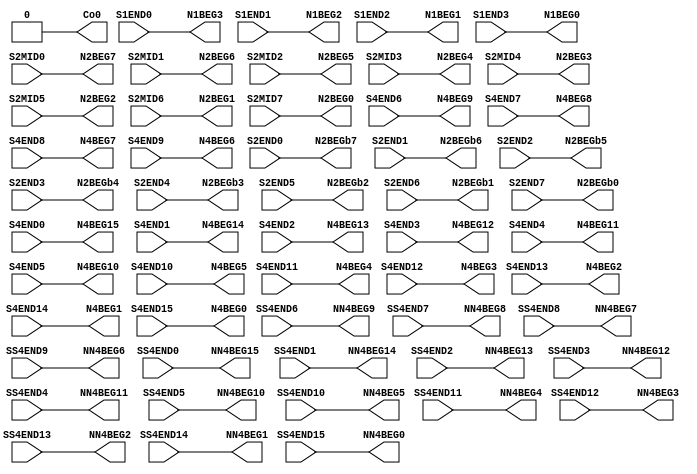
// SPDX-FileCopyrightText: 
// 2021 Nguyen Dao
//
// Licensed under the Apache License, Version 2.0 (the "License");
// you may not use this file except in compliance with the License.
// You may obtain a copy of the License at
//
//      http://www.apache.org/licenses/LICENSE-2.0
//
// Unless required by applicable law or agreed to in writing, software
// distributed under the License is distributed on an "AS IS" BASIS,
// WITHOUT WARRANTIES OR CONDITIONS OF ANY KIND, either express or implied.
// See the License for the specific language governing permissions and
// limitations under the License.
//
// SPDX-License-Identifier: Apache-2.0
//NumberOfConfigBits:0
module S_term_single_switch_matrix (S1END0, S1END1, S1END2, S1END3, S2MID0, S2MID1, S2MID2, S2MID3, S2MID4, S2MID5, S2MID6, S2MID7, S2END0, S2END1, S2END2, S2END3, S2END4, S2END5, S2END6, S2END7, S4END0, S4END1, S4END2, S4END3, S4END4, S4END5, S4END6, S4END7, S4END8, S4END9, S4END10, S4END11, S4END12, S4END13, S4END14, S4END15, SS4END0, SS4END1, SS4END2, SS4END3, SS4END4, SS4END5, SS4END6, SS4END7, SS4END8, SS4END9, SS4END10, SS4END11, SS4END12, SS4END13, SS4END14, SS4END15, N1BEG0, N1BEG1, N1BEG2, N1BEG3, N2BEG0, N2BEG1, N2BEG2, N2BEG3, N2BEG4, N2BEG5, N2BEG6, N2BEG7, N2BEGb0, N2BEGb1, N2BEGb2, N2BEGb3, N2BEGb4, N2BEGb5, N2BEGb6, N2BEGb7, N4BEG0, N4BEG1, N4BEG2, N4BEG3, N4BEG4, N4BEG5, N4BEG6, N4BEG7, N4BEG8, N4BEG9, N4BEG10, N4BEG11, N4BEG12, N4BEG13, N4BEG14, N4BEG15, NN4BEG0, NN4BEG1, NN4BEG2, NN4BEG3, NN4BEG4, NN4BEG5, NN4BEG6, NN4BEG7, NN4BEG8, NN4BEG9, NN4BEG10, NN4BEG11, NN4BEG12, NN4BEG13, NN4BEG14, NN4BEG15, Co0);
	parameter NoConfigBits = 0;
	 // switch matrix inputs
	input S1END0;
	input S1END1;
	input S1END2;
	input S1END3;
	input S2MID0;
	input S2MID1;
	input S2MID2;
	input S2MID3;
	input S2MID4;
	input S2MID5;
	input S2MID6;
	input S2MID7;
	input S2END0;
	input S2END1;
	input S2END2;
	input S2END3;
	input S2END4;
	input S2END5;
	input S2END6;
	input S2END7;
	input S4END0;
	input S4END1;
	input S4END2;
	input S4END3;
	input S4END4;
	input S4END5;
	input S4END6;
	input S4END7;
	input S4END8;
	input S4END9;
	input S4END10;
	input S4END11;
	input S4END12;
	input S4END13;
	input S4END14;
	input S4END15;
	input SS4END0;
	input SS4END1;
	input SS4END2;
	input SS4END3;
	input SS4END4;
	input SS4END5;
	input SS4END6;
	input SS4END7;
	input SS4END8;
	input SS4END9;
	input SS4END10;
	input SS4END11;
	input SS4END12;
	input SS4END13;
	input SS4END14;
	input SS4END15;
	output N1BEG0;
	output N1BEG1;
	output N1BEG2;
	output N1BEG3;
	output N2BEG0;
	output N2BEG1;
	output N2BEG2;
	output N2BEG3;
	output N2BEG4;
	output N2BEG5;
	output N2BEG6;
	output N2BEG7;
	output N2BEGb0;
	output N2BEGb1;
	output N2BEGb2;
	output N2BEGb3;
	output N2BEGb4;
	output N2BEGb5;
	output N2BEGb6;
	output N2BEGb7;
	output N4BEG0;
	output N4BEG1;
	output N4BEG2;
	output N4BEG3;
	output N4BEG4;
	output N4BEG5;
	output N4BEG6;
	output N4BEG7;
	output N4BEG8;
	output N4BEG9;
	output N4BEG10;
	output N4BEG11;
	output N4BEG12;
	output N4BEG13;
	output N4BEG14;
	output N4BEG15;
	output NN4BEG0;
	output NN4BEG1;
	output NN4BEG2;
	output NN4BEG3;
	output NN4BEG4;
	output NN4BEG5;
	output NN4BEG6;
	output NN4BEG7;
	output NN4BEG8;
	output NN4BEG9;
	output NN4BEG10;
	output NN4BEG11;
	output NN4BEG12;
	output NN4BEG13;
	output NN4BEG14;
	output NN4BEG15;
	output Co0;
	//global


	parameter GND0 = 1'b0;
	parameter GND = 1'b0;
	parameter VCC0 = 1'b1;
	parameter VCC = 1'b1;
	parameter VDD0 = 1'b1;
	parameter VDD = 1'b1;
	
	wire [1-1:0] N1BEG0_input;
	wire [1-1:0] N1BEG1_input;
	wire [1-1:0] N1BEG2_input;
	wire [1-1:0] N1BEG3_input;
	wire [1-1:0] N2BEG0_input;
	wire [1-1:0] N2BEG1_input;
	wire [1-1:0] N2BEG2_input;
	wire [1-1:0] N2BEG3_input;
	wire [1-1:0] N2BEG4_input;
	wire [1-1:0] N2BEG5_input;
	wire [1-1:0] N2BEG6_input;
	wire [1-1:0] N2BEG7_input;
	wire [1-1:0] N2BEGb0_input;
	wire [1-1:0] N2BEGb1_input;
	wire [1-1:0] N2BEGb2_input;
	wire [1-1:0] N2BEGb3_input;
	wire [1-1:0] N2BEGb4_input;
	wire [1-1:0] N2BEGb5_input;
	wire [1-1:0] N2BEGb6_input;
	wire [1-1:0] N2BEGb7_input;
	wire [1-1:0] N4BEG0_input;
	wire [1-1:0] N4BEG1_input;
	wire [1-1:0] N4BEG2_input;
	wire [1-1:0] N4BEG3_input;
	wire [1-1:0] N4BEG4_input;
	wire [1-1:0] N4BEG5_input;
	wire [1-1:0] N4BEG6_input;
	wire [1-1:0] N4BEG7_input;
	wire [1-1:0] N4BEG8_input;
	wire [1-1:0] N4BEG9_input;
	wire [1-1:0] N4BEG10_input;
	wire [1-1:0] N4BEG11_input;
	wire [1-1:0] N4BEG12_input;
	wire [1-1:0] N4BEG13_input;
	wire [1-1:0] N4BEG14_input;
	wire [1-1:0] N4BEG15_input;
	wire [1-1:0] NN4BEG0_input;
	wire [1-1:0] NN4BEG1_input;
	wire [1-1:0] NN4BEG2_input;
	wire [1-1:0] NN4BEG3_input;
	wire [1-1:0] NN4BEG4_input;
	wire [1-1:0] NN4BEG5_input;
	wire [1-1:0] NN4BEG6_input;
	wire [1-1:0] NN4BEG7_input;
	wire [1-1:0] NN4BEG8_input;
	wire [1-1:0] NN4BEG9_input;
	wire [1-1:0] NN4BEG10_input;
	wire [1-1:0] NN4BEG11_input;
	wire [1-1:0] NN4BEG12_input;
	wire [1-1:0] NN4BEG13_input;
	wire [1-1:0] NN4BEG14_input;
	wire [1-1:0] NN4BEG15_input;
	wire [1-1:0] Co0_input;


// The configuration bits (if any) are just a long shift register

// This shift register is padded to an even number of flops/latches
// switch matrix multiplexer  N1BEG0 		MUX-1
	assign N1BEG0 = S1END3;
// switch matrix multiplexer  N1BEG1 		MUX-1
	assign N1BEG1 = S1END2;
// switch matrix multiplexer  N1BEG2 		MUX-1
	assign N1BEG2 = S1END1;
// switch matrix multiplexer  N1BEG3 		MUX-1
	assign N1BEG3 = S1END0;
// switch matrix multiplexer  N2BEG0 		MUX-1
	assign N2BEG0 = S2MID7;
// switch matrix multiplexer  N2BEG1 		MUX-1
	assign N2BEG1 = S2MID6;
// switch matrix multiplexer  N2BEG2 		MUX-1
	assign N2BEG2 = S2MID5;
// switch matrix multiplexer  N2BEG3 		MUX-1
	assign N2BEG3 = S2MID4;
// switch matrix multiplexer  N2BEG4 		MUX-1
	assign N2BEG4 = S2MID3;
// switch matrix multiplexer  N2BEG5 		MUX-1
	assign N2BEG5 = S2MID2;
// switch matrix multiplexer  N2BEG6 		MUX-1
	assign N2BEG6 = S2MID1;
// switch matrix multiplexer  N2BEG7 		MUX-1
	assign N2BEG7 = S2MID0;
// switch matrix multiplexer  N2BEGb0 		MUX-1
	assign N2BEGb0 = S2END7;
// switch matrix multiplexer  N2BEGb1 		MUX-1
	assign N2BEGb1 = S2END6;
// switch matrix multiplexer  N2BEGb2 		MUX-1
	assign N2BEGb2 = S2END5;
// switch matrix multiplexer  N2BEGb3 		MUX-1
	assign N2BEGb3 = S2END4;
// switch matrix multiplexer  N2BEGb4 		MUX-1
	assign N2BEGb4 = S2END3;
// switch matrix multiplexer  N2BEGb5 		MUX-1
	assign N2BEGb5 = S2END2;
// switch matrix multiplexer  N2BEGb6 		MUX-1
	assign N2BEGb6 = S2END1;
// switch matrix multiplexer  N2BEGb7 		MUX-1
	assign N2BEGb7 = S2END0;
// switch matrix multiplexer  N4BEG0 		MUX-1
	assign N4BEG0 = S4END15;
// switch matrix multiplexer  N4BEG1 		MUX-1
	assign N4BEG1 = S4END14;
// switch matrix multiplexer  N4BEG2 		MUX-1
	assign N4BEG2 = S4END13;
// switch matrix multiplexer  N4BEG3 		MUX-1
	assign N4BEG3 = S4END12;
// switch matrix multiplexer  N4BEG4 		MUX-1
	assign N4BEG4 = S4END11;
// switch matrix multiplexer  N4BEG5 		MUX-1
	assign N4BEG5 = S4END10;
// switch matrix multiplexer  N4BEG6 		MUX-1
	assign N4BEG6 = S4END9;
// switch matrix multiplexer  N4BEG7 		MUX-1
	assign N4BEG7 = S4END8;
// switch matrix multiplexer  N4BEG8 		MUX-1
	assign N4BEG8 = S4END7;
// switch matrix multiplexer  N4BEG9 		MUX-1
	assign N4BEG9 = S4END6;
// switch matrix multiplexer  N4BEG10 		MUX-1
	assign N4BEG10 = S4END5;
// switch matrix multiplexer  N4BEG11 		MUX-1
	assign N4BEG11 = S4END4;
// switch matrix multiplexer  N4BEG12 		MUX-1
	assign N4BEG12 = S4END3;
// switch matrix multiplexer  N4BEG13 		MUX-1
	assign N4BEG13 = S4END2;
// switch matrix multiplexer  N4BEG14 		MUX-1
	assign N4BEG14 = S4END1;
// switch matrix multiplexer  N4BEG15 		MUX-1
	assign N4BEG15 = S4END0;
// switch matrix multiplexer  NN4BEG0 		MUX-1
	assign NN4BEG0 = SS4END15;
// switch matrix multiplexer  NN4BEG1 		MUX-1
	assign NN4BEG1 = SS4END14;
// switch matrix multiplexer  NN4BEG2 		MUX-1
	assign NN4BEG2 = SS4END13;
// switch matrix multiplexer  NN4BEG3 		MUX-1
	assign NN4BEG3 = SS4END12;
// switch matrix multiplexer  NN4BEG4 		MUX-1
	assign NN4BEG4 = SS4END11;
// switch matrix multiplexer  NN4BEG5 		MUX-1
	assign NN4BEG5 = SS4END10;
// switch matrix multiplexer  NN4BEG6 		MUX-1
	assign NN4BEG6 = SS4END9;
// switch matrix multiplexer  NN4BEG7 		MUX-1
	assign NN4BEG7 = SS4END8;
// switch matrix multiplexer  NN4BEG8 		MUX-1
	assign NN4BEG8 = SS4END7;
// switch matrix multiplexer  NN4BEG9 		MUX-1
	assign NN4BEG9 = SS4END6;
// switch matrix multiplexer  NN4BEG10 		MUX-1
	assign NN4BEG10 = SS4END5;
// switch matrix multiplexer  NN4BEG11 		MUX-1
	assign NN4BEG11 = SS4END4;
// switch matrix multiplexer  NN4BEG12 		MUX-1
	assign NN4BEG12 = SS4END3;
// switch matrix multiplexer  NN4BEG13 		MUX-1
	assign NN4BEG13 = SS4END2;
// switch matrix multiplexer  NN4BEG14 		MUX-1
	assign NN4BEG14 = SS4END1;
// switch matrix multiplexer  NN4BEG15 		MUX-1
	assign NN4BEG15 = SS4END0;
// switch matrix multiplexer  Co0 		MUX-1
	assign Co0 = GND0;

endmodule